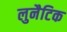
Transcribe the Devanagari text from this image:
लुनैटिक